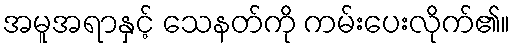
အမူအရာနှင့် သေနတ်ကို ကမ်းပေးလိုက်၏။